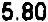
5.80